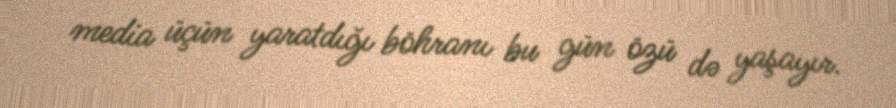
media üçün yaratdığı böhranı bu gün özü də yaşayır.